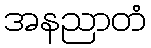
အနညာတံ